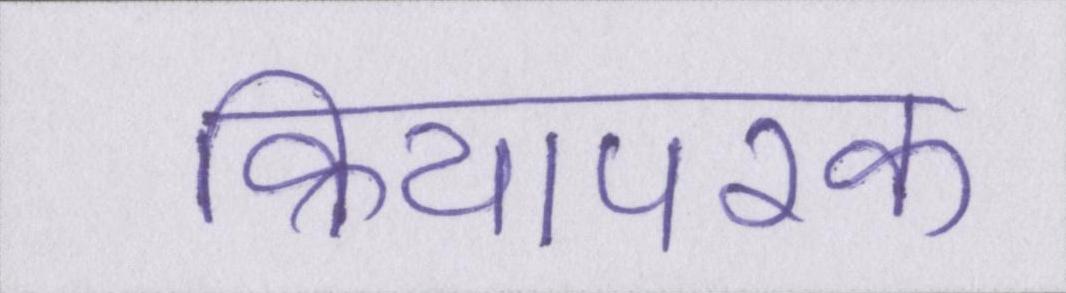
क्रियापरक